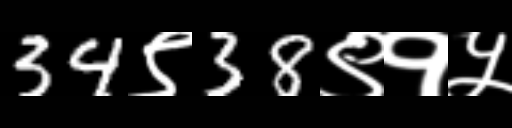
Text: 34९38९१५